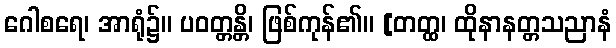
ဂေါစရေ၊ အာရုံ၌။ ပဝတ္တန္တိ၊ ဖြစ်ကုန်၏။ [တတ္ထ၊ ထိုနာနတ္တသညာနံ